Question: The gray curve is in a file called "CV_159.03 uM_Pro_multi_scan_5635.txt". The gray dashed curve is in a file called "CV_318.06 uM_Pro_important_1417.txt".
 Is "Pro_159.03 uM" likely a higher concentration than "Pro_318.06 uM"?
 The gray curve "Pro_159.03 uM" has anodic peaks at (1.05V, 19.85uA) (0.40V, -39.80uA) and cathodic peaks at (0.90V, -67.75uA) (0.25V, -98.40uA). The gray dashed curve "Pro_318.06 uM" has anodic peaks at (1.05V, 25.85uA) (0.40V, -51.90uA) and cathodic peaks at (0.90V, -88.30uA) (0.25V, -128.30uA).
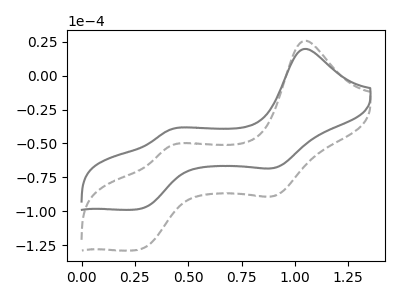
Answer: <think>All the peaks in "Pro_159.03 uM" have a peak in "Pro_318.06 uM" at the same potential.
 </think>
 <answer>I cant tell if "Pro_159.03 uM" or "Pro_318.06 uM" has more signal.</answer>
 <eval>mixed_signal</eval>